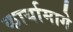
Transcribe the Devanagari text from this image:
कार्यामागे